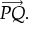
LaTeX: { \overrightarrow { P Q } } .